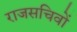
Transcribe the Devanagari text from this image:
राजसचिवों